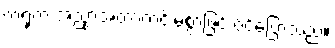
ကရုက အညှာအတာကင်းမဲ့စွာဖြင့် ဝင်ပြောသည်။